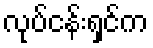
လုပ်ငန်းရှင်က